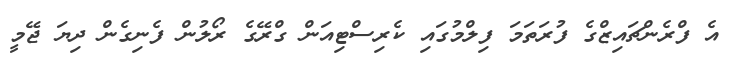
އެ ފްރެންޗައިޒްގެ ފުރަތަމަ ފިލްމުގައި ކެރިސްޓިއަން ގްރޭގެ ރޯލުން ފެނިގެން ދިޔަ ޖޭމީ